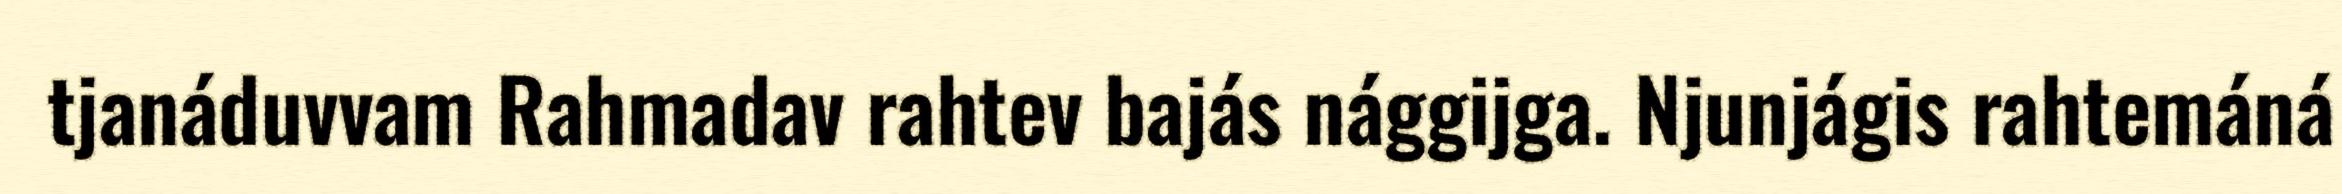
tjanáduvvam Rahmadav rahtev bajás nággijga. Njunjágis rahtemáná